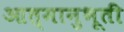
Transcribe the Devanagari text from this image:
आत्मानुभूती